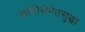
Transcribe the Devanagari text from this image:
शांतिसेनेतसुद्धा